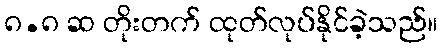
၈.၈ ဆ တိုးတက် ထုတ်လုပ်နိုင်ခဲ့သည်။